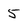
Character: 5